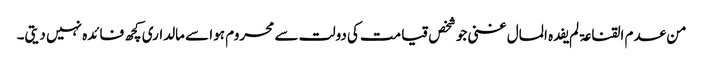
من عدم القناعۃ لم یفدہ المال غنی جو شخص قیامت کی دولت سے محروم ہوا سے مالداری کچھ فائدہ نہیں دیتی۔